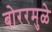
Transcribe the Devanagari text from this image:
बोररमुळे